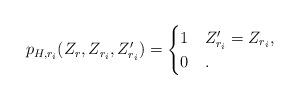
LaTeX: \begin{align*}p_{H, r_i}(Z_r, Z_{r_i}, Z'_{r_i})= \begin{cases}1 & Z^{\prime}_{r_i}=Z_{r_i},\\0 & .\end{cases}\end{align*}